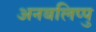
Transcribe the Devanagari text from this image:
अनबलिप्पु